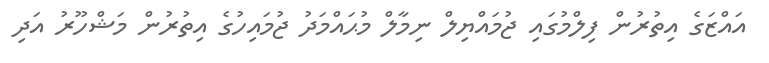
އައްޒަގެ އިތުރުން ފިލްމުގައި ޖުމައްޔިލް ނިމާލް މުޙައްމަދު ޖުމައިހުގެ އިތުރުން މަޝްހޫރު އަދި